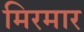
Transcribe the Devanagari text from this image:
मिरमार